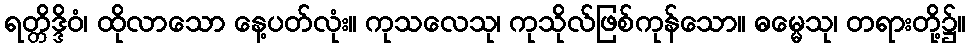
ရတ္တိဒ္ဒိဝံ၊ ထိုလာသော နေ့ပတ်လုံး။ ကုသလေသု၊ ကုသိုလ်ဖြစ်ကုန်သော။ ဓမ္မေသု၊ တရားတို့၌။